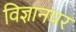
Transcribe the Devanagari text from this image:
विज्ञानपर